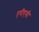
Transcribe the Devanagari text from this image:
एपीएसी